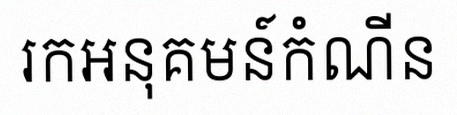
រកអនុគមន៍កំណើន